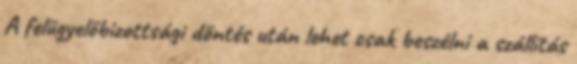
A felügyelőbizottsági döntés után lehet csak beszélni a szállítás